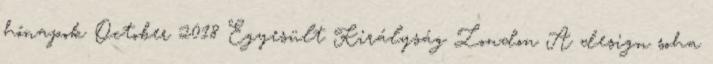
hónapok October 2018 Egyesült Királyság London A design soha